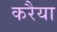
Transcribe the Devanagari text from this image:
करैया